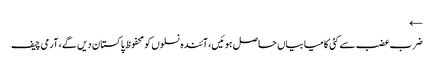
←
ضرب عضب سے کئی کامیابیاں حاصل ہوئیں، آئندہ نسلوں کو محفوظ پاکستان دیں گے، آرمی چیف